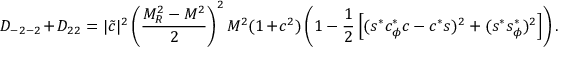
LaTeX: { \cal D } _ { - 2 - 2 } + { \cal D } _ { 2 2 } = | \tilde { c } | ^ { 2 } \left( \frac { M _ { R } ^ { 2 } - M ^ { 2 } } { 2 } \right) ^ { 2 } M ^ { 2 } ( 1 + c ^ { 2 } ) \left( 1 - \frac { 1 } { 2 } \left[ ( s ^ { * } c _ { \phi } ^ { * } c - c ^ { * } s ) ^ { 2 } + ( s ^ { * } s _ { \phi } ^ { * } ) ^ { 2 } \right] \right) .